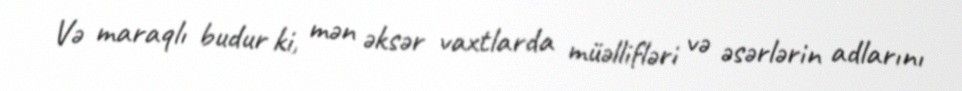
Və maraqlı budur ki, mən əksər vaxtlarda müəllifləri və əsərlərin adlarını